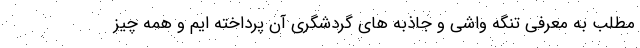
مطلب به معرفی تنگه واشی و جاذبه های گردشگری آن پرداخته ایم و همه چیز